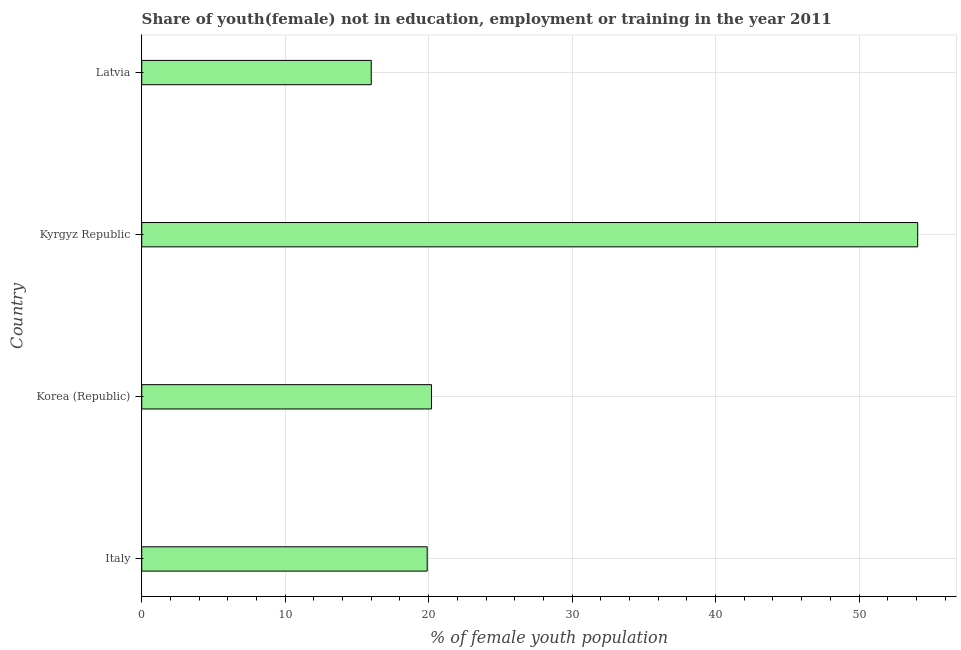
| Country | Unemployed(female) |
 | --- | --- |
 | Italy | 19.9 |
 | Korea (Republic) | 20.2 |
 | Kyrgyz Republic | 54.1 |
 | Latvia | 16 |